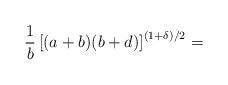
LaTeX: \begin{align*}\frac{1}{b}\left[{(a+b)(b+d)}\right]^{(1+\delta)/2}=\end{align*}